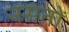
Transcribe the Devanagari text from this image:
नसतों